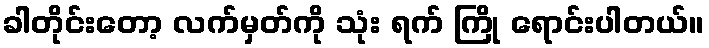
ခါတိုင်းတော့ လက်မှတ်ကို သုံး ရက် ကြို ရောင်းပါတယ်။